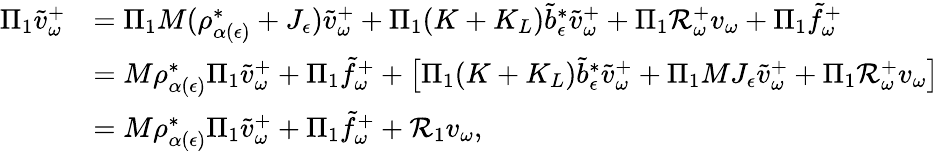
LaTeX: \begin{array}{rl}{\Pi_{1}\tilde{v}_{\omega}^{+}}&{=\Pi_{1}M(\rho_{\alpha(\epsilon)}^{*}+J_{\epsilon})\tilde{v}_{\omega}^{+}+\Pi_{1}(K+K_{L})\tilde{b}_{\epsilon}^{*}\tilde{v}_{\omega}^{+}+\Pi_{1}\mathcal R_{\omega}^{+}v_{\omega}+\Pi_{1}\tilde{f}_{\omega}^{+}}\\ &{=M\rho_{\alpha(\epsilon)}^{*}\Pi_{1}\tilde{v}_{\omega}^{+}+\Pi_{1}\tilde{f}_{\omega}^{+}+\big[\Pi_{1}(K+K_{L})\tilde{b}_{\epsilon}^{*}\tilde{v}_{\omega}^{+}+\Pi_{1}MJ_{\epsilon}\tilde{v}_{\omega}^{+}+\Pi_{1}\mathcal R_{\omega}^{+}v_{\omega}\big]}\\ &{=M\rho_{\alpha(\epsilon)}^{*}\Pi_{1}\tilde{v}_{\omega}^{+}+\Pi_{1}\tilde{f}_{\omega}^{+}+\mathcal R_{1}v_{\omega},}\end{array}